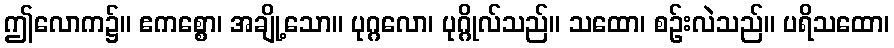
ဤလောက၌။ ဧကစ္စော၊ အချို့သော။ ပုဂ္ဂလော၊ ပုဂ္ဂိုလ်သည်။ သထော၊ စဉ်းလဲသည်။ ပရိသထော၊